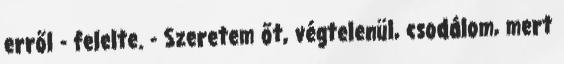
erről - felelte. - Szeretem őt, végtelenül, csodálom, mert